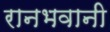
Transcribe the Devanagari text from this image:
रानभवानी